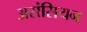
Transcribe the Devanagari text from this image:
असंसियन